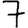
Digit: 7